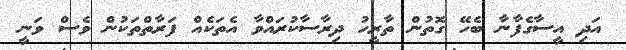
އަދި އީސާގެފާނާ ބެހޭ ގޮތުން ތާރީހު ދިރާސާކުރައްވާ އެތަކެއް ފަރާތްތަކުން ވެސް ވަނީ